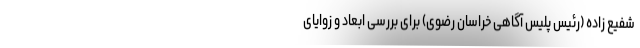
شفیع زاده (رئیس پلیس آگاهی خراسان رضوی) برای بررسی ابعاد و زوایای